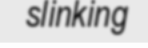
slinking